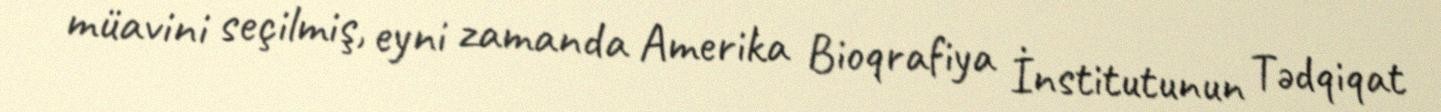
müavini seçilmiş, eyni zamanda Amerika Bioqrafiya İnstitutunun Tədqiqat